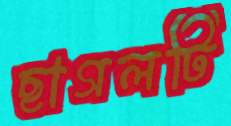
ছাগলটি